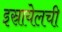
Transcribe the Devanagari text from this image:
इस्रायेलची